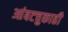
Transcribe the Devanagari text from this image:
आंबटचुकाही